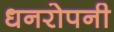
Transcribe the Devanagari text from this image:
धनरोपनी